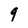
Character: 9